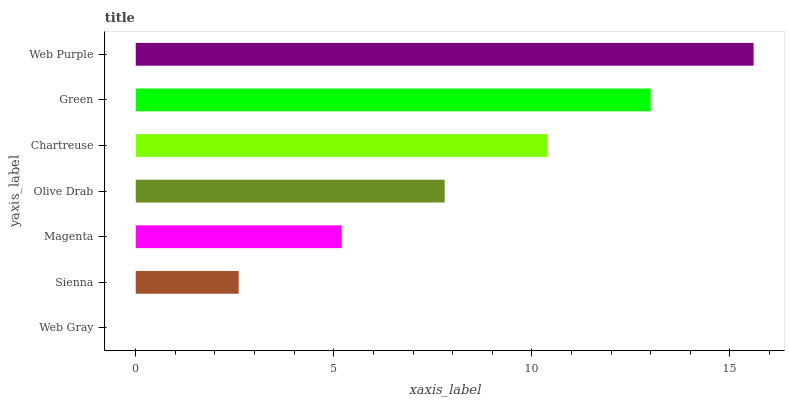
| yaxis_label | bars |
 | --- | --- |
 | Web Gray | 0 |
 | Sienna | 2.6 |
 | Magenta | 5.2 |
 | Olive Drab | 7.8 |
 | Chartreuse | 10.4 |
 | Green | 13 |
 | Web Purple | 15.6 |